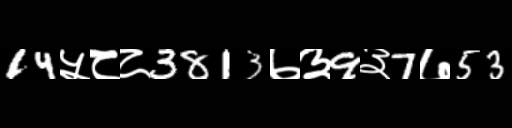
Text: 14५८८3813७३9३7७53